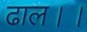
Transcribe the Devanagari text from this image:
ढाल।।